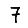
Digit: 7